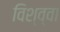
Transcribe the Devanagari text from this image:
विश्व्वा